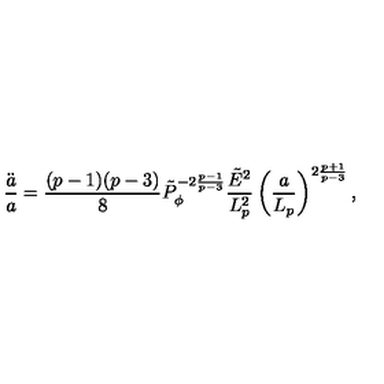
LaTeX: { \frac { \ddot { a } } { a } } = { \frac { ( p - 1 ) ( p - 3 ) } { 8 } } \tilde { P } _ { \phi } ^ { - 2 { \frac { p - 1 } { p - 3 } } } { \frac { \tilde { E } ^ { 2 } } { L _ { p } ^ { 2 } } } \left( { \frac { a } { L _ { p } } } \right) ^ { 2 { \frac { p + 1 } { p - 3 } } } ,